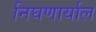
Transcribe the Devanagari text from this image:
निघणार्याल